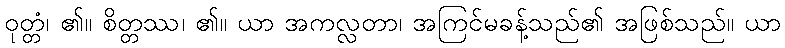
ဝုတ္တံ၊ ၏။ စိတ္တဿ၊ ၏။ ယာ အကလ္လတာ၊ အကြင်မခန့်သည်၏ အဖြစ်သည်။ ယာ